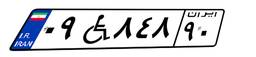
۰۹W۸۴۸۹۰